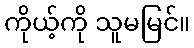
ကိုယ့်ကို သူမမြင်။